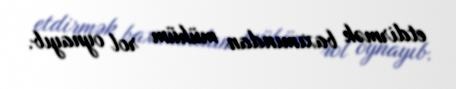
etdirmək baxımından mühüm rol oynayıb.